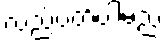
လည်ပတ်ပါမည်